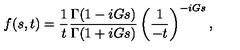
f ( s , t ) = { \frac { 1 } { t } } \frac { \Gamma ( 1 - i G s ) } { \Gamma ( 1 + i G s ) } \left( \frac { 1 } { - t } \right) ^ { - i G s } ,